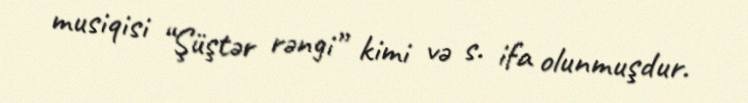
musiqisi “Şüştər rəngi” kimi və s. ifa olunmuşdur.